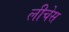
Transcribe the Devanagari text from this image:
लीचेस